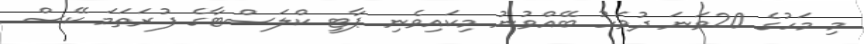
މި މަހުގެ 20ވަނަ ދުވަހު ބޭއްވުނު މިކައިވެނި ޕާޓީ ކްލަސްޓާގެ ފުރަތަމަ ކޭސް